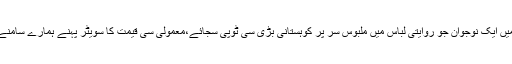
اسی اثناء میں ایک نوجوان جو روایتی لباس میں ملبوس سر پر کوہستانی بڑی سی ٹوپی سجائے،معمولی سی قیمت کا سویٹر پہنے ہمارے سامنے کھڑا ہوا۔